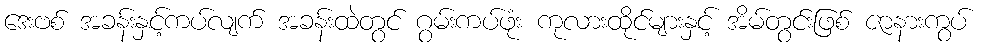
ဒေးဗစ် အခန်းနှင့်ကပ်လျက် အခန်းထဲတွင် ဂွမ်းကပ်ဖုံး ကုလားထိုင်များနှင့် အိမ်တွင်းဖြစ် ဇာနားကွပ်